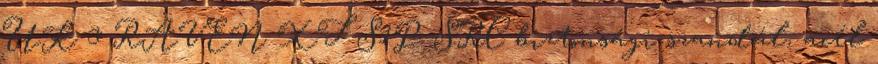
UK 3 RAVEN XT S1P SRC biztonsági szandál, acél